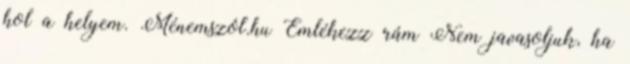
hol a helyem. Ménemszól.hu Emlékezz rám Nem javasoljuk, ha